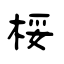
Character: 桵